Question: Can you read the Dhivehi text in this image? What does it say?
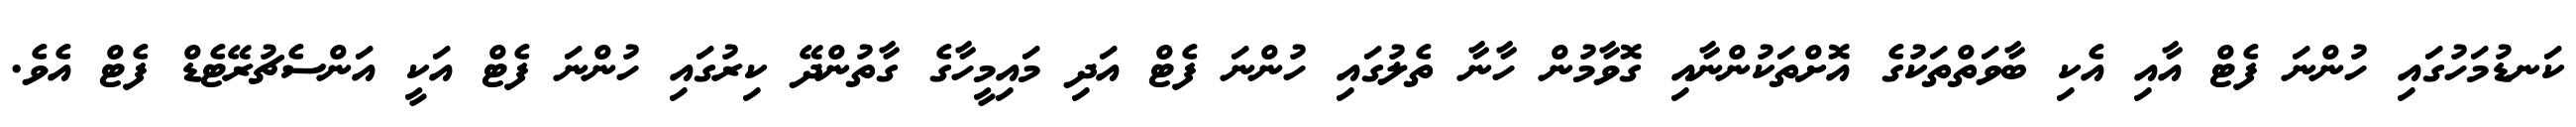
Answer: ކަނޑުމަހުގައި ހުންނަ ފެޓް އާއި އެކި ބާވަތްތަކުގެ އޮށްތަކުންނާއި ގޮވާމުން ހާނާ ތެލުގައި ހުންނަ ފެޓް އަދި މައިމީހާގެ ގާތުންދޭ ކިރުގައި ހުންނަ ފެޓް އަކީ އަންސެޗުރޭޓެޑް ފެޓް އެވެ.